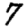
Digit: 7